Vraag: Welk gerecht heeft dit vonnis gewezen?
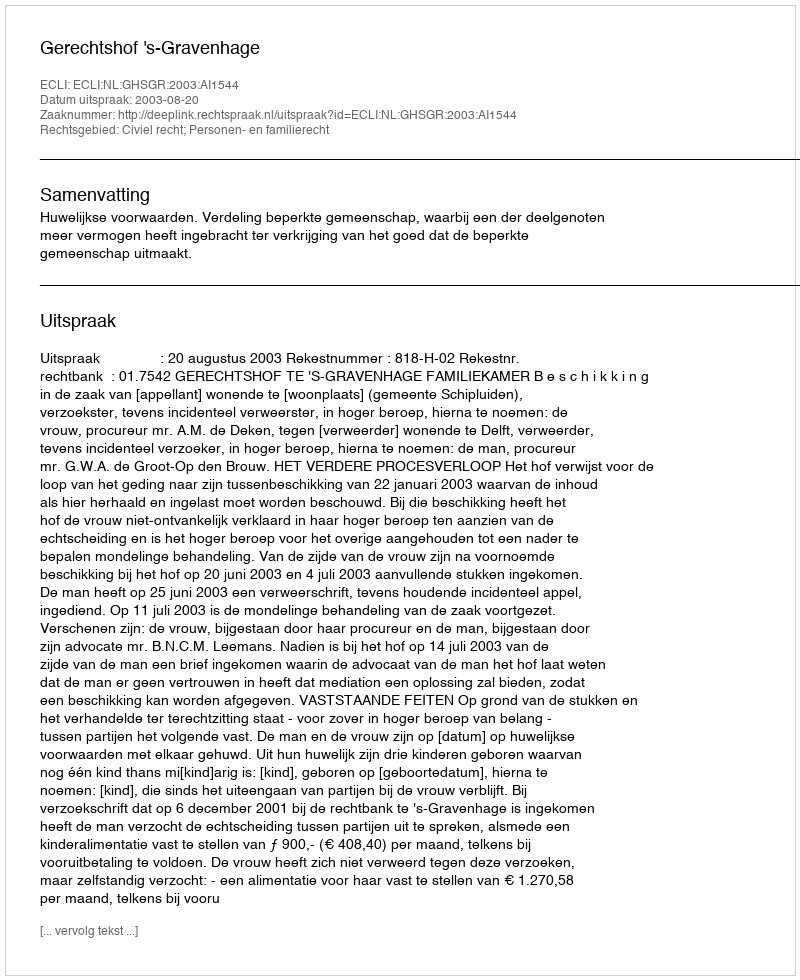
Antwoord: Gerechtshof 's-Gravenhage